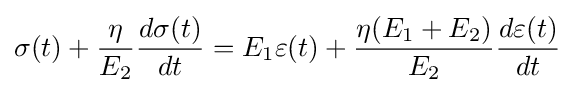
\sigma (t)+{\frac {\eta }{E_{2}}}{\frac {d\sigma (t)}{dt}}=E_{1}\varepsilon (t)+{\frac {\eta (E_{1}+E_{2})}{E_{2}}}{\frac {d\varepsilon (t)}{dt}}